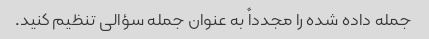
جمله داده شده را مجدداً به عنوان جمله سؤالی تنظیم کنید.